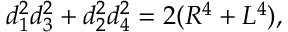
d _ { 1 } ^ { 2 } d _ { 3 } ^ { 2 } + d _ { 2 } ^ { 2 } d _ { 4 } ^ { 2 } = 2 ( R ^ { 4 } + L ^ { 4 } ) ,